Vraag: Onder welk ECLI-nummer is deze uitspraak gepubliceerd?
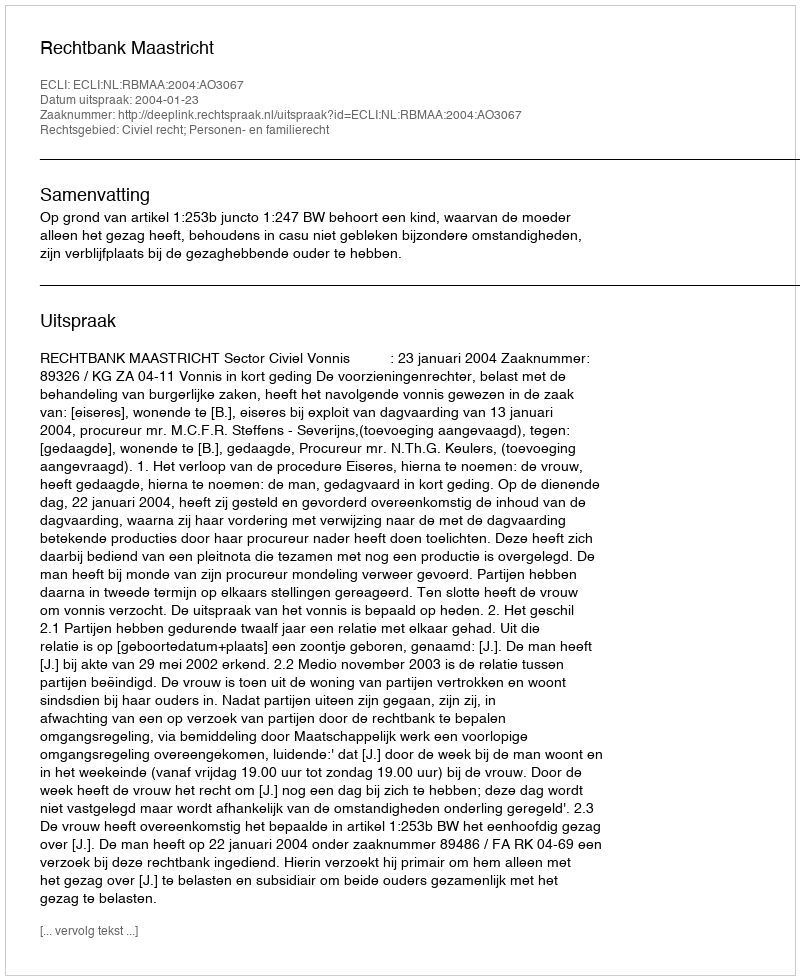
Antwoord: ECLI:NL:RBMAA:2004:AO3067